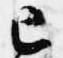
已